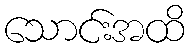
သောင်းအထိ